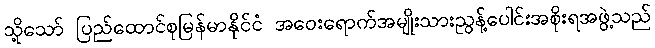
သို့သော် ပြည်ထောင်စုမြန်မာနိုင်ငံ အဝေးရောက်အမျိုးသားညွန့်ပေါင်းအစိုးရအဖွဲ့သည်